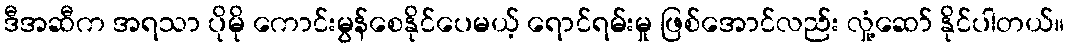
ဒီအဆီက အရသာ ပိုမို ကောင်းမွန်စေနိုင်ပေမယ့် ရောင်ရမ်းမှု ဖြစ်အောင်လည်း လှုံ့ဆော် နိုင်ပါတယ်။